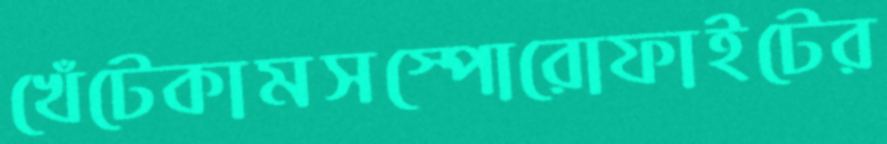
খেঁটেকামসস্পোরোফাইটের